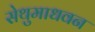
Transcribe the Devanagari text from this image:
सेथुमाधवन